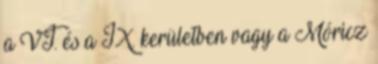
a VI. és a IX. kerületben vagy a Móricz